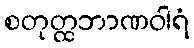
စတုတ္ထဘာဏဝါရံ